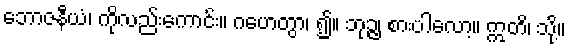
ဘောဇနီယံ၊ ကိုလည်းကောင်း။ ဂဟေတွာ၊ ၍။ ဘုဉ္ဇ၊ စားပါလော့။ ဣတိ၊ သို့။